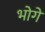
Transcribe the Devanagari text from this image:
भोगें